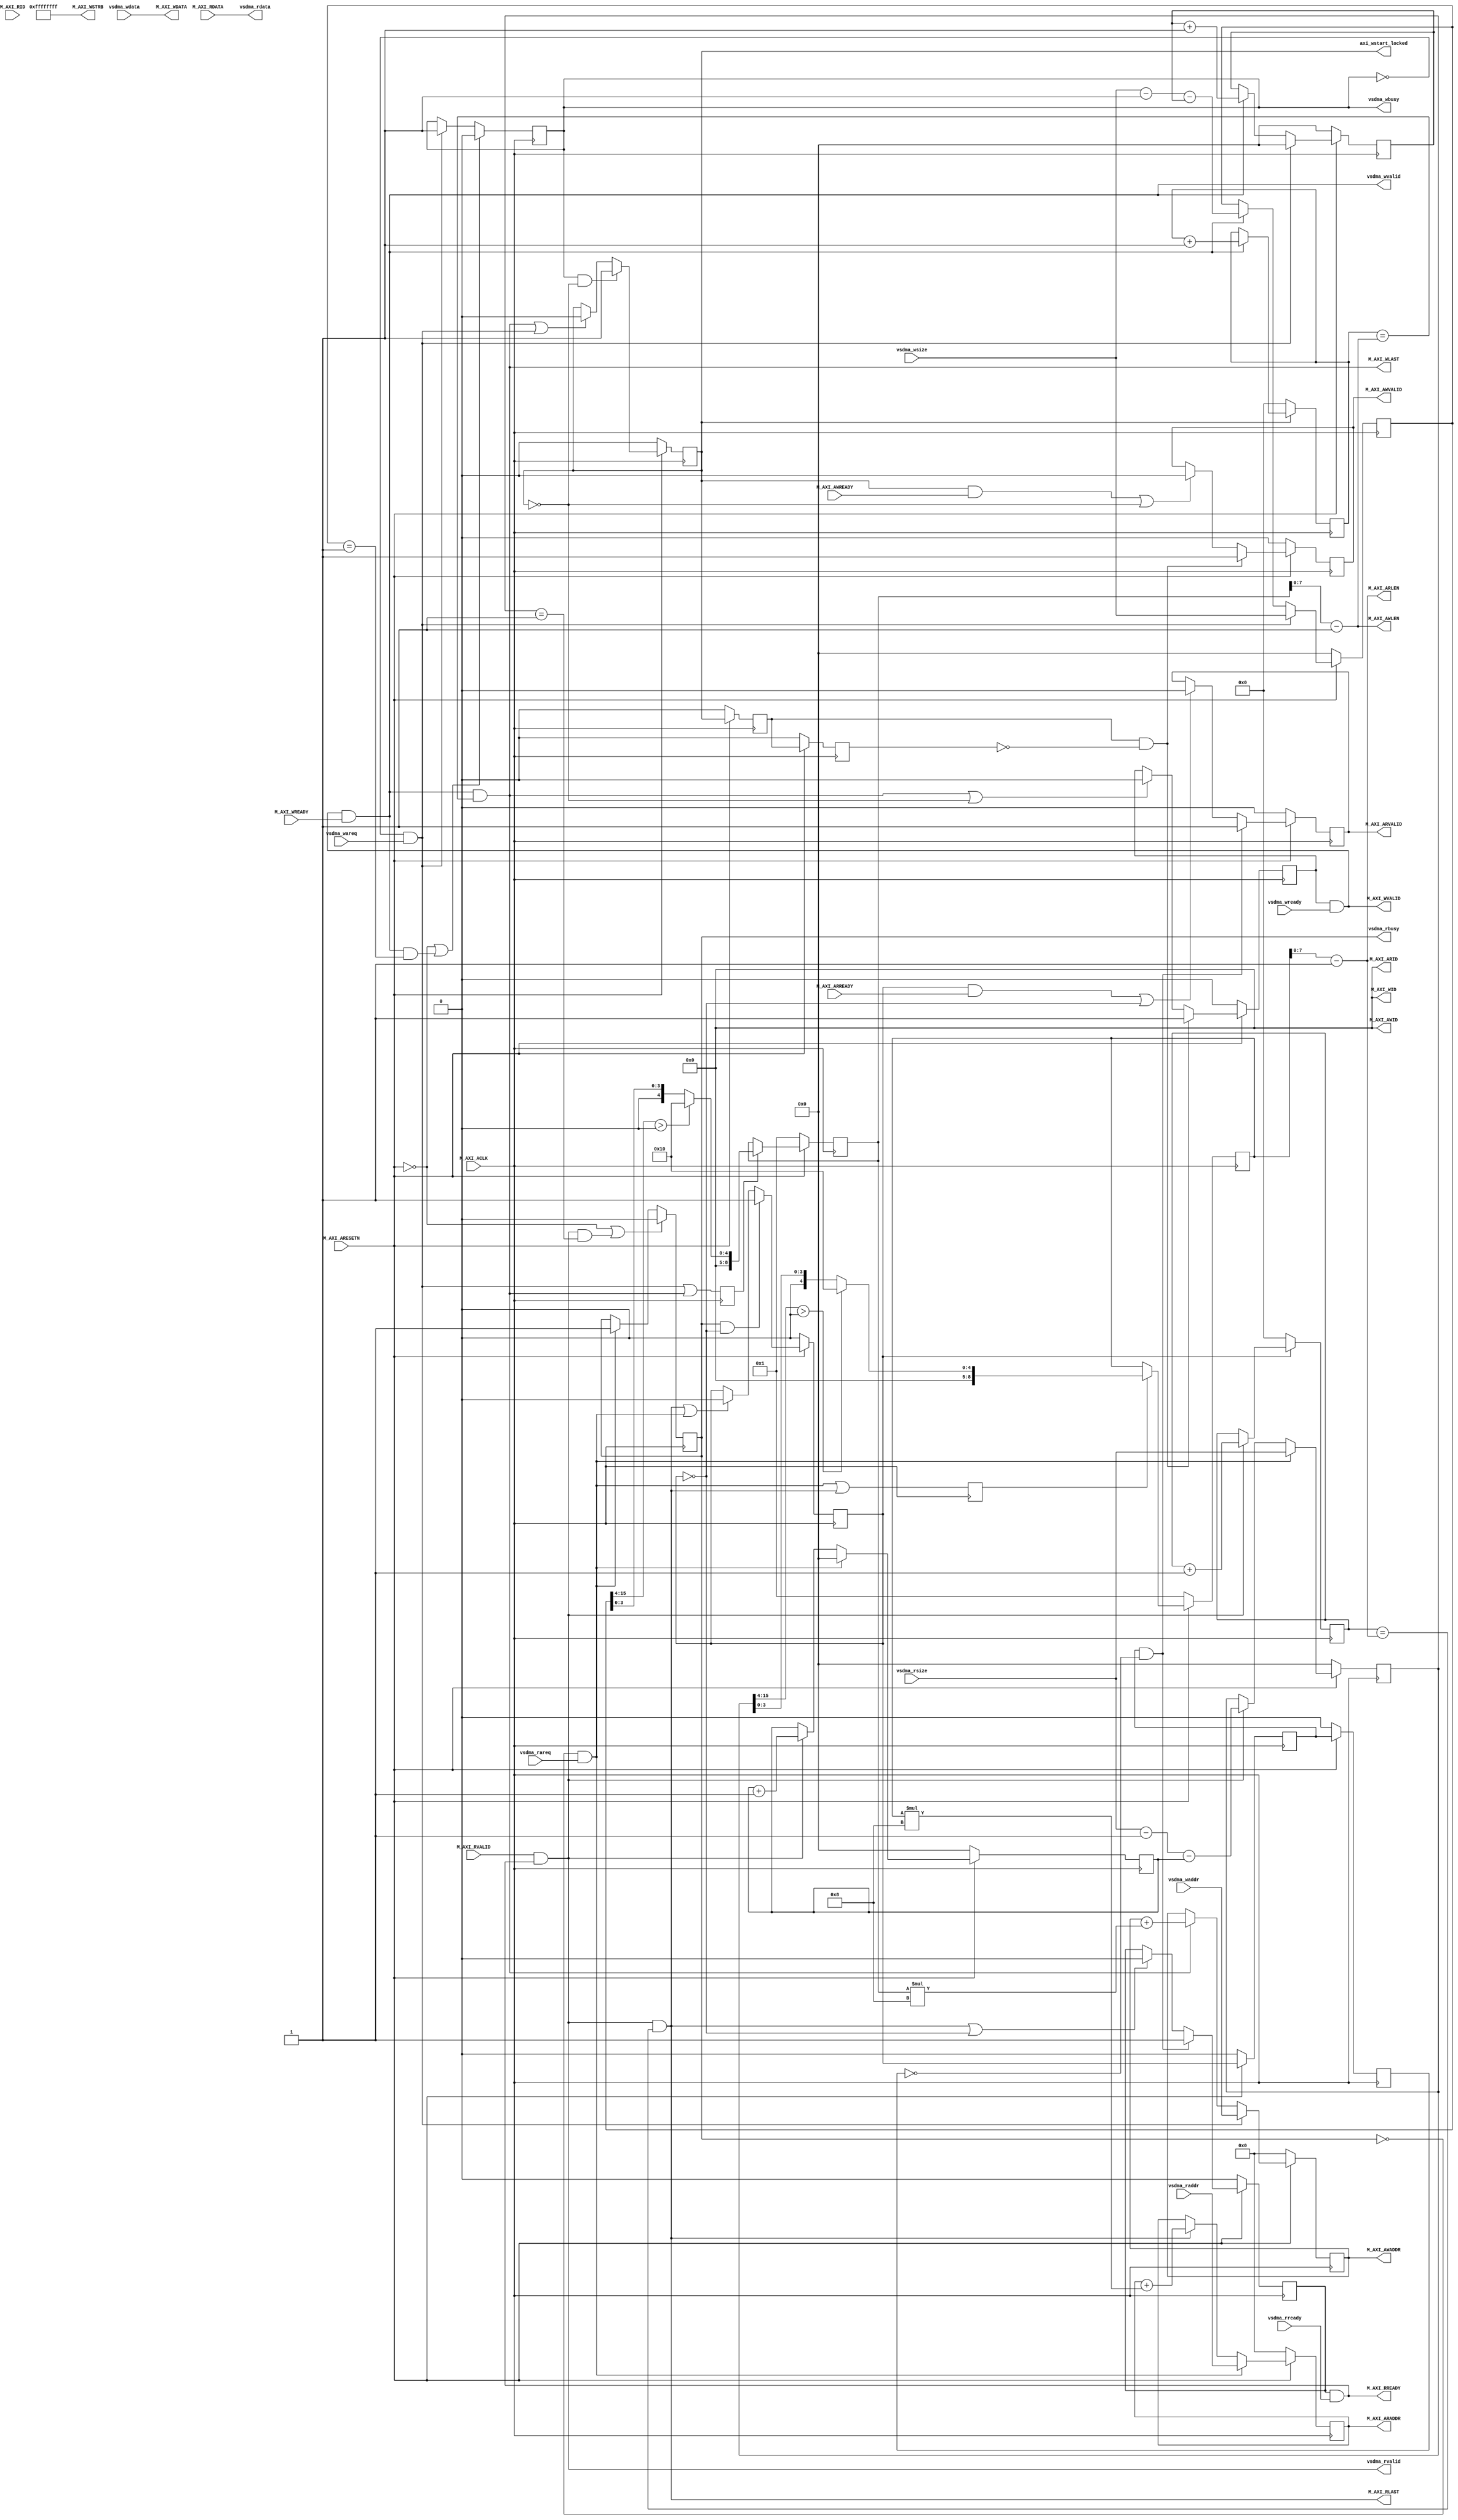

`timescale 1ns / 1ps
module vdma_to_axi#
(
    parameter                           integer         M_AXI_ID_WIDTH			    = 4,
    parameter                           integer         M_AXI_ID			        = 0,
    parameter                           integer         M_AXI_ADDR_WIDTH			= 28,
    parameter                           integer         M_AXI_DATA_WIDTH			= 256,
    parameter                           integer		  	M_AXI_MAX_BURST_LEN       	= 16 
)
(
    input  wire        [M_AXI_ADDR_WIDTH-1 : 0]	vsdma_waddr                ,
    input                               		vsdma_wareq                /*synthesis PAP_MARK_DEBUG="true"*/,
    input  wire        [  15:0]         		vsdma_wsize                ,
    output                              		vsdma_wbusy                /*synthesis PAP_MARK_DEBUG="true"*/,
				
    input  wire        [M_AXI_DATA_WIDTH-1 :0]	vsdma_wdata                ,
    output wire                         		vsdma_wvalid               /*synthesis PAP_MARK_DEBUG="true"*/,
    input  wire                         		vsdma_wready               ,

    input  wire        [M_AXI_ADDR_WIDTH-1 : 0]	vsdma_raddr                ,
    input                              			vsdma_rareq                ,
    input  wire        [  15:0]         		vsdma_rsize                ,
    output                              		vsdma_rbusy                ,
				
    output wire        [M_AXI_DATA_WIDTH-1 :0]	vsdma_rdata                ,
    output wire                         		vsdma_rvalid               ,
    input  wire                         		vsdma_rready               ,

    output reg                          		axi_wstart_locked          /*synthesis PAP_MARK_DEBUG="true"*/,
		
    input  wire                         		M_AXI_ACLK                 ,
    input  wire                         		M_AXI_ARESETN              ,
    output wire        [M_AXI_ID_WIDTH-1 : 0]	M_AXI_AWID                 ,
    output wire        [M_AXI_ADDR_WIDTH-1 : 0]	M_AXI_AWADDR               /*synthesis PAP_MARK_DEBUG="true"*/,
    output wire        [   7:0]        			M_AXI_AWLEN                ,
    output wire                        			M_AXI_AWVALID              /*synthesis PAP_MARK_DEBUG="true"*/,
    input  wire                         		    M_AXI_AWREADY              /*synthesis PAP_MARK_DEBUG="true"*/,
    output wire        [M_AXI_ID_WIDTH-1 : 0]	M_AXI_WID                  ,
    output wire        [M_AXI_DATA_WIDTH-1 : 0]	M_AXI_WDATA                /*synthesis PAP_MARK_DEBUG="true"*/,
    output wire        [M_AXI_DATA_WIDTH/8-1 : 0]M_AXI_WSTRB               ,
    output wire                         		M_AXI_WLAST                /*synthesis PAP_MARK_DEBUG="true"*/,
    output wire                         		M_AXI_WVALID               ,
    input  wire                        			M_AXI_WREADY               ,
 
    output wire        [M_AXI_ID_WIDTH-1 : 0]	M_AXI_ARID                 ,
    output wire        [M_AXI_ADDR_WIDTH-1 : 0]	M_AXI_ARADDR               ,
    output wire        [   7:0]         		M_AXI_ARLEN                ,
    output wire                         		M_AXI_ARVALID              ,
    input  wire                         		M_AXI_ARREADY              ,
	 
    input  wire        [M_AXI_ID_WIDTH-1 : 0]	M_AXI_RID                  ,
    input  wire        [M_AXI_DATA_WIDTH-1 : 0]	M_AXI_RDATA                ,
    output wire                         		M_AXI_RLAST                ,
    input  wire                         		M_AXI_RVALID               ,
    output wire                         		M_AXI_RREADY                
    );

function integer clogb2 (input integer bit_depth);
    begin
        bit_depth = bit_depth - 1;
        for(clogb2=0; bit_depth>0; clogb2=clogb2+1)
        	bit_depth = bit_depth >> 1;
    end
endfunction

localparam                              AXI_BYTES =  M_AXI_DATA_WIDTH/32;
localparam             [   3:0]         MAX_BURST_LEN_SIZE = clogb2(M_AXI_MAX_BURST_LEN);
                                                    
//vsdma axi write----------------------------------------------
wire                                    		    w_next      = (M_AXI_WVALID & M_AXI_WREADY);
wire                   [M_AXI_DATA_WIDTH-1 : 0]	axi_wdata                  ;
wire                                    		    axi_wlast                  ;
reg                    [M_AXI_ADDR_WIDTH-1 : 0]	axi_awaddr	= 0            ;
reg                                     		    axi_awvalid	= 1'b0         ;
reg                                     		    axi_wvalid	= 1'b0         ;
reg                    [   8:0]         		    wburst_len  = 1            /*synthesis PAP_MARK_DEBUG="true"*/;
reg                    [   8:0]         		    wburst_cnt  = 0            /*synthesis PAP_MARK_DEBUG="true"*/;
reg                    [  15:0]         		    wvsdma_cnt  = 0            /*synthesis PAP_MARK_DEBUG="true"*/;
wire                   [  15:0]         		    axi_wburst_size = wburst_len * AXI_BYTES/*synthesis PAP_MARK_DEBUG="true"*/;

assign axi_wdata        	= vsdma_wdata;
assign M_AXI_WID        	= 0;
assign M_AXI_AWID        	= M_AXI_ID;
assign M_AXI_AWADDR        	= axi_awaddr;
assign M_AXI_AWLEN        	= wburst_len - 1;
assign M_AXI_AWVALID        = axi_awvalid;
assign M_AXI_WDATA        	= axi_wdata;
assign M_AXI_WSTRB        	= {(32){1'b1}};
assign M_AXI_WLAST       	= axi_wlast;
assign M_AXI_WVALID        	= axi_wvalid & vsdma_wready;

//----------------------------------------------------------------------------	
//AXI4 FULL Write
wire                                    vsdma_wstart                /*synthesis PAP_MARK_DEBUG="true"*/;
wire                                    vsdma_wend                  /*synthesis PAP_MARK_DEBUG="true"*/;
reg                                     vsdma_wstart_locked = 1'b0  /*synthesis PAP_MARK_DEBUG="true"*/;

assign  vsdma_wvalid      	= w_next;
assign  vsdma_wbusy 		= vsdma_wstart_locked ;
assign  vsdma_wstart 		= (vsdma_wstart_locked == 1'b0 && vsdma_wareq == 1'b1);

always @(posedge M_AXI_ACLK)
    if(M_AXI_ARESETN == 1'b0 || vsdma_wend == 1'b1 )
        vsdma_wstart_locked <= 1'b0;
    else if(vsdma_wstart)
        vsdma_wstart_locked <= 1'b1;
//AXI4 write burst lenth busrt addr ------------------------------
always @(posedge M_AXI_ACLK)
    if(M_AXI_ARESETN == 1'b0)begin
        axi_awaddr <= 0;
    end
    else if(vsdma_wstart)
        axi_awaddr <= vsdma_waddr;
    else if(axi_wlast == 1'b1)
        axi_awaddr <= axi_awaddr + axi_wburst_size ;
//AXI4 write cycle -----------------------------------------------
reg                                     axi_wstart_locked_r1 = 1'b0/*synthesis PAP_MARK_DEBUG="true"*/;
reg                                     axi_wstart_locked_r2 = 1'b0/*synthesis PAP_MARK_DEBUG="true"*/;

always @(posedge M_AXI_ACLK)begin
    if(M_AXI_ARESETN == 1'b0)begin
        axi_wstart_locked_r1 <= 1'b0;
        axi_wstart_locked_r2 <= 1'b0;
    end
    else begin
        axi_wstart_locked_r1 <= axi_wstart_locked;
        axi_wstart_locked_r2 <= axi_wstart_locked_r1;
    end
end
always @(posedge M_AXI_ACLK)
    if(M_AXI_ARESETN == 1'b0)begin
        axi_wstart_locked <= 1'b0;
    end
    else if((vsdma_wstart_locked == 1'b1) &&  axi_wstart_locked == 1'b0)
        axi_wstart_locked <= 1'b1;
    else if(axi_wlast == 1'b1 || vsdma_wstart == 1'b1)
        axi_wstart_locked <= 1'b0;	    
//AXI4 addr valid and write addr-----------------------------------	
always @(posedge M_AXI_ACLK)
     if(M_AXI_ARESETN == 1'b0)begin
         axi_awvalid <= 1'b0;
     end
     else if((axi_wstart_locked_r1 == 1'b1) &&  axi_wstart_locked_r2 == 1'b0)
         axi_awvalid <= 1'b1;
     else if((axi_wstart_locked == 1'b1 && M_AXI_AWREADY == 1'b1)|| axi_wstart_locked == 1'b0)
         axi_awvalid <= 1'b0;
//AXI4 write data---------------------------------------------------		
always @(posedge M_AXI_ACLK)
    if(M_AXI_ARESETN == 1'b0)begin
        axi_wvalid <= 1'b0;
	end
    else if((axi_wstart_locked_r1 == 1'b1) && (axi_wstart_locked_r2 == 1'b0))
        axi_wvalid <= 1'b1;
    else if(axi_wlast == 1'b1 || axi_wstart_locked == 1'b0)
        axi_wvalid <= 1'b0;                                         	
//AXI4 write data burst len counter----------------------------------
always @(posedge M_AXI_ACLK)
    if(axi_wstart_locked == 1'b0)
        wburst_cnt <= 0;
    else if(w_next)
        wburst_cnt <= wburst_cnt + 1'b1;

assign axi_wlast = (w_next == 1'b1) && (wburst_cnt == M_AXI_AWLEN);		   	
//vsdma write data burst len counter----------------------------------
reg                                     wburst_len_req = 1'b0      /*synthesis PAP_MARK_DEBUG="true"*/;
reg                    [  15:0]         vsdma_wleft_cnt =16'd0     /*synthesis PAP_MARK_DEBUG="true"*/;

always @(posedge M_AXI_ACLK)
    wburst_len_req <= vsdma_wstart|axi_wlast;
         
always @(posedge M_AXI_ACLK)
    if(M_AXI_ARESETN == 1'b0)begin
        wvsdma_cnt <= 0;
        vsdma_wleft_cnt <= 0;
    end
    else if( vsdma_wstart )begin
        wvsdma_cnt <= 0;
        vsdma_wleft_cnt <= vsdma_wsize;
    end
    else if(w_next)begin
        wvsdma_cnt <= wvsdma_cnt + 1'b1;
        vsdma_wleft_cnt <= (vsdma_wsize - 1'b1) - wvsdma_cnt;
    end

assign  vsdma_wend = w_next && (vsdma_wleft_cnt == 1 );

always @(posedge M_AXI_ACLK)begin
    if(M_AXI_ARESETN == 1'b0)begin
        wburst_len <= 1;
    end
    else if(wburst_len_req)begin
        if(vsdma_wleft_cnt[15:MAX_BURST_LEN_SIZE] >0)
            wburst_len <= M_AXI_MAX_BURST_LEN;
        else
            wburst_len <= vsdma_wleft_cnt[MAX_BURST_LEN_SIZE-1:0];
    end
    else wburst_len <= wburst_len;
end

//vsdma axi read----------------------------------------------
wire                                    		r_next      = (M_AXI_RVALID && M_AXI_RREADY);
wire                                    		axi_rlast                  ;
reg                    [M_AXI_ADDR_WIDTH-1 : 0]	axi_araddr  = 0            ;
reg                                     		axi_arvalid = 1'b0         ;
reg                                     		axi_rready	= 1'b0         ;
reg                    [   8:0]         		rburst_len  = 1            ;
reg                    [   8:0]         		rburst_cnt  = 0            ;
reg                    [  15:0]         		rvsdma_cnt	= 0            ;
reg                                     		axi_rstart_locked = 0       ;
wire                   [  15:0]        			axi_rburst_size = rburst_len * AXI_BYTES;

assign M_AXI_ARID        	= M_AXI_ID;
assign M_AXI_ARADDR       	= axi_araddr;
assign M_AXI_ARLEN        	= rburst_len - 1;
assign M_AXI_ARVALID        = axi_arvalid;
assign M_AXI_RREADY        	= axi_rready && vsdma_rready;
assign M_AXI_RLAST      	= axi_rlast;                                
assign vsdma_rdata       	= M_AXI_RDATA;
assign vsdma_rvalid      	= r_next;

//AXI4 FULL Read----------------------------------------- 	
wire                                    vsdma_rstart                ;
wire                                    vsdma_rend                  ;
reg                                     vsdma_rstart_locked = 1'b0  ;

assign vsdma_rbusy = vsdma_rstart_locked ;
assign vsdma_rstart = (vsdma_rstart_locked == 1'b0 && vsdma_rareq == 1'b1);

always @(posedge M_AXI_ACLK)
    if(M_AXI_ARESETN == 1'b0 || vsdma_rend == 1'b1)
        vsdma_rstart_locked <= 1'b0;
    else if(vsdma_rstart)
        vsdma_rstart_locked <= 1'b1;

//AXI4 read burst lenth busrt addr ------------------------------
always @(posedge M_AXI_ACLK)
    if(M_AXI_ARESETN == 1'b0)
        axi_araddr <= 0;
    else if(vsdma_rstart == 1'b1)
        axi_araddr <= vsdma_raddr;
    else if(axi_rlast == 1'b1)
        axi_araddr <= axi_araddr + axi_rburst_size ;
//AXI4 r_cycle_flag------------------------------------- 	
reg                                     axi_rstart_locked_r1 = 1'b0;
reg                                     axi_rstart_locked_r2 = 1'b0;

always @(posedge M_AXI_ACLK)begin
    if(M_AXI_ARESETN == 1'b0)begin
        axi_rstart_locked_r1 <= 1'b0;
        axi_rstart_locked_r2 <= 1'b0;
    end
    else begin
        axi_rstart_locked_r1 <= axi_rstart_locked;
        axi_rstart_locked_r2 <= axi_rstart_locked_r1;
    end
end
always @(posedge M_AXI_ACLK)
    if(M_AXI_ARESETN == 1'b0)
        axi_rstart_locked <= 1'b0;
    else if((vsdma_rstart_locked == 1'b1) &&  axi_rstart_locked == 1'b0)
        axi_rstart_locked <= 1'b1;
    else if(axi_rlast == 1'b1 || vsdma_rstart == 1'b1)
        axi_rstart_locked <= 1'b0;
	    
//AXI4 addr valid and read addr-----------------------------------	
always @(posedge M_AXI_ACLK)
     if(M_AXI_ARESETN == 1'b0)
         axi_arvalid <= 1'b0;
     else if((axi_rstart_locked_r1 == 1'b1) &&  axi_rstart_locked_r2 == 1'b0)
         axi_arvalid <= 1'b1;
     else if((axi_rstart_locked == 1'b1 && M_AXI_ARREADY == 1'b1)|| axi_rstart_locked == 1'b0)
         axi_arvalid <= 1'b0;
//AXI4 read data---------------------------------------------------		
always @(posedge M_AXI_ACLK)
    if(M_AXI_ARESETN == 1'b0)
         axi_rready <= 1'b0;
    else if((axi_rstart_locked_r1 == 1'b1) &&  axi_rstart_locked_r2 == 1'b0)
        axi_rready <= 1'b1;
    else if(axi_rlast == 1'b1 || axi_rstart_locked == 1'b0)
        axi_rready <= 1'b0;                                         //	
		
//AXI4 read data burst len counter----------------------------------
always @(posedge M_AXI_ACLK)
    if(axi_rstart_locked == 1'b0)
        rburst_cnt <= 0;
    else if(r_next)
        rburst_cnt <= rburst_cnt + 1'b1;

assign axi_rlast = (r_next == 1'b1) && (rburst_cnt == M_AXI_ARLEN);
//vsdma read data burst len counter----------------------------------
reg                                     rburst_len_req = 1'b0      ;
reg                    [  15:0]         vsdma_rleft_cnt = 16'd0    ;
  
always @(posedge M_AXI_ACLK)
        rburst_len_req <= vsdma_rstart | axi_rlast;
        
always @(posedge M_AXI_ACLK)
	if(M_AXI_ARESETN == 1'b0)begin
        rvsdma_cnt <= 0;
        vsdma_rleft_cnt <=0;
    end
    else if(vsdma_rstart )begin
        rvsdma_cnt <= 0;
        vsdma_rleft_cnt <= vsdma_rsize;
    end
    else if(r_next)begin
        rvsdma_cnt <= rvsdma_cnt + 1'b1;
        vsdma_rleft_cnt <= (vsdma_rsize - 1'b1) - rvsdma_cnt;
    end

assign  vsdma_rend = r_next && (vsdma_rleft_cnt == 1 );
//axi auto burst len caculate-----------------------------------------

always @(posedge M_AXI_ACLK)begin
     if(M_AXI_ARESETN == 1'b0)begin
        rburst_len <= 1;
     end
     else if(rburst_len_req)begin
        if(vsdma_rleft_cnt[15:MAX_BURST_LEN_SIZE] >0)
            rburst_len <= M_AXI_MAX_BURST_LEN;
        else
            rburst_len <= vsdma_rleft_cnt[MAX_BURST_LEN_SIZE-1:0];
     end
     else rburst_len <= rburst_len;
end
					              		   
endmodule